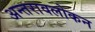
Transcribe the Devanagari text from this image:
अन्तरावलोकन